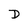
Character: D